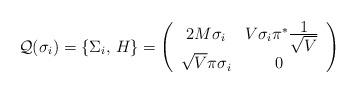
LaTeX: \begin{align*}{\cal Q}(\sigma_{i})=\{\Sigma_{i},\,H\}=\left( \begin{array}{cc}2M\sigma_{i}&V\sigma_{i}\pi^{*}\frac{\textstyle 1}{\textstyle \sqrt{V}}\\\sqrt{V}\pi\sigma_{i}&0~\end{array}\right)\end{align*}